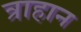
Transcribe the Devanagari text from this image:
त्राहान